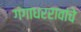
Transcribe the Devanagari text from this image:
गंगाधररावांचे